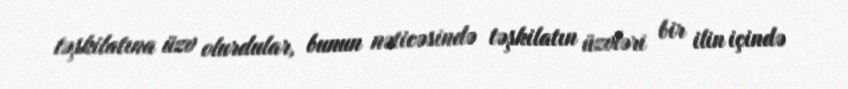
təşkilatına üzv olurdular, bunun nəticəsində təşkilatın üzvləri bir ilin içində